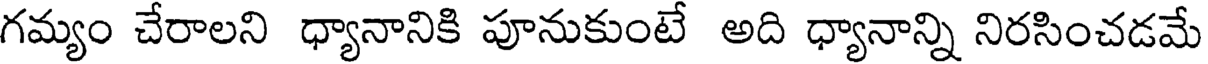
గమ్యం చేరాలని ధ్యానానికి పూనుకుంటే అది ధ్యానాన్ని నిరసించడమే